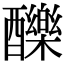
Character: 䤕